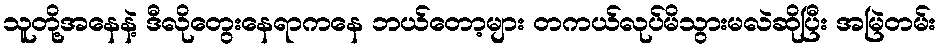
သူတို့အနေနဲ့ ဒီလိုတွေးနေရာကနေ ဘယ်တော့များ တကယ်လုပ်မိသွားမလဲဆိုပြီး အမြဲတမ်း